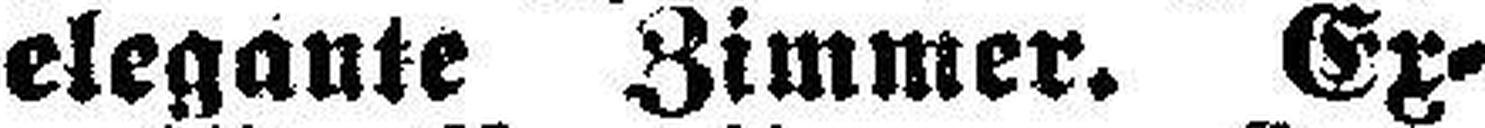
elegante Zimmer. Ex¬